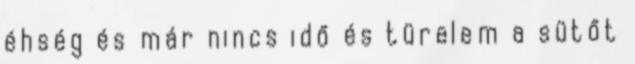
éhség és már nincs idő és türelem a sütőt